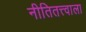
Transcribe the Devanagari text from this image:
नीतितत्त्वाला